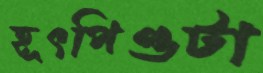
হূৎপিণ্ডটা